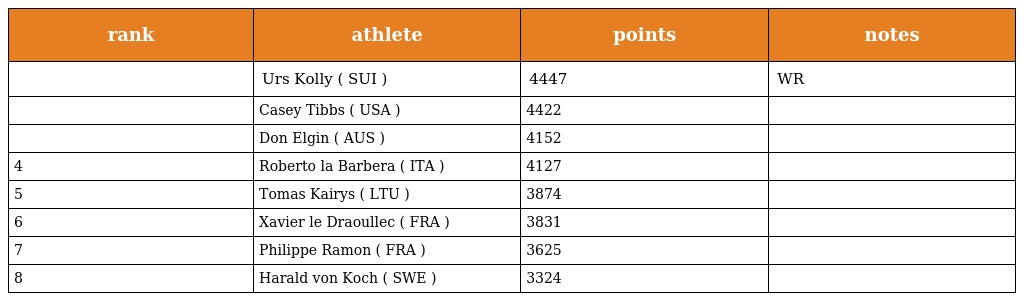
| rank | athlete | points | notes |
 | --- | --- | --- | --- |
 |  | Urs Kolly ( SUI ) | 4447 | WR |
 |  | Casey Tibbs ( USA ) | 4422 |  |
 |  | Don Elgin ( AUS ) | 4152 |  |
 | 4 | Roberto la Barbera ( ITA ) | 4127 |  |
 | 5 | Tomas Kairys ( LTU ) | 3874 |  |
 | 6 | Xavier le Draoullec ( FRA ) | 3831 |  |
 | 7 | Philippe Ramon ( FRA ) | 3625 |  |
 | 8 | Harald von Koch ( SWE ) | 3324 |  |